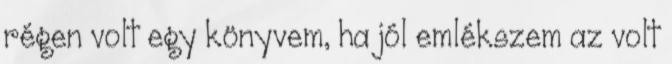
régen volt egy könyvem, ha jól emlékszem az volt